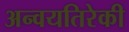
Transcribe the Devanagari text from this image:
अन्वयतिरेकी